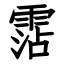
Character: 霑